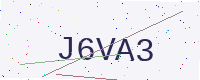
Text: J6VA3